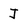
Character: J